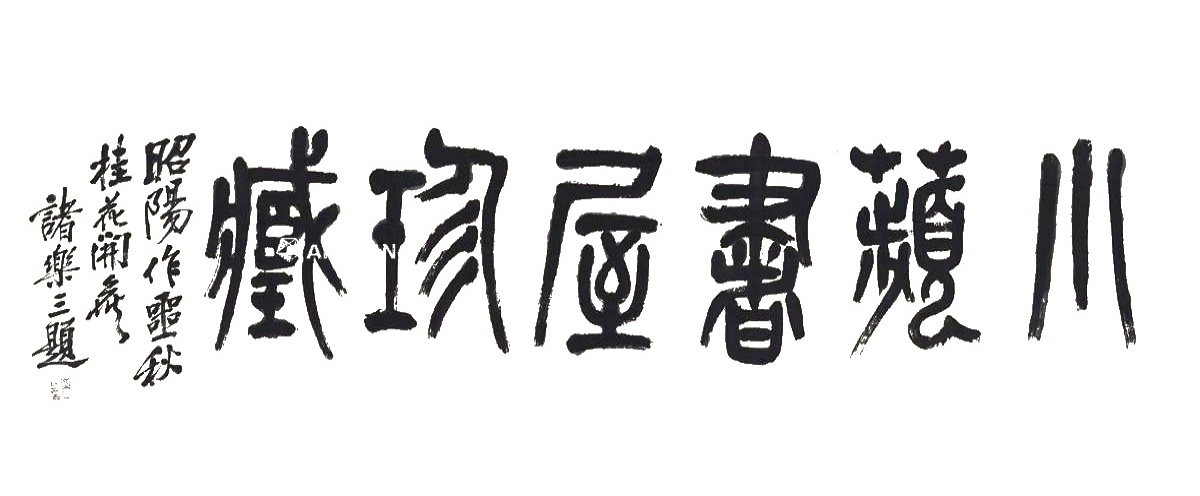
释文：小苹书屋珍藏。昭阳作噩秋桂花开侯，诸乐三题。